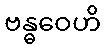
ဗန္ဓဝေဟိ